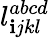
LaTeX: l_{\mathbf{i}jkl}^{abcd}